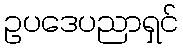
ဥပဒေပညာရှင်